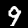
Digit: 9